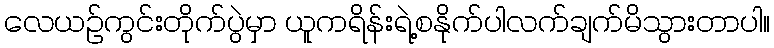
လေယဉ်ကွင်းတိုက်ပွဲမှာ ယူကရိန်းရဲ့စနိုက်ပါလက်ချက်မိသွားတာပါ။